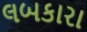
લબકારા